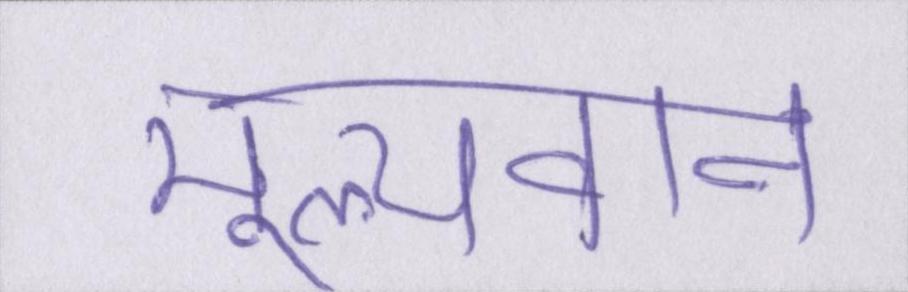
मूल्यवान